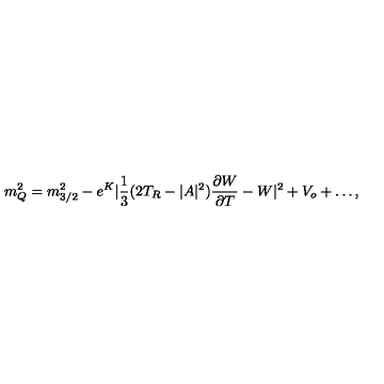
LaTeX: m _ { Q } ^ { 2 } = m _ { 3 / 2 } ^ { 2 } - e ^ { K } | \frac { 1 } { 3 } ( 2 T _ { R } - | A | ^ { 2 } ) \frac { \partial W } { \partial T } - W | ^ { 2 } + V _ { o } + \dots ,